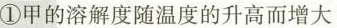
①甲的溶解度随温度的升高而增大